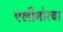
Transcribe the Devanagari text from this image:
एलीनोरचा